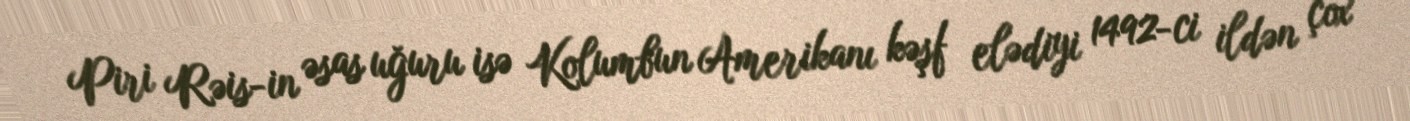
Piri Rəis-in əsas uğuru isə Kolumbun Amerikanı kəşf elədiyi 1492-ci ildən çox